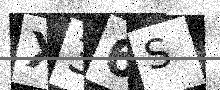
Text: X36S